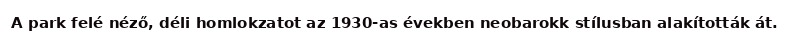
A park felé néző, déli homlokzatot az 1930-as években neobarokk stílusban alakították át.